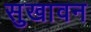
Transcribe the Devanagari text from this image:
सुखावन